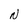
Character: N